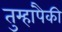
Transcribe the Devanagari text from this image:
तुम्हांपैकी